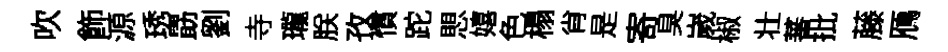
吹飾源琇勗劉寺瓏朕孜慣跎愳嬉色榻肖是寄臭嵗椒壮蕃批藤鴈